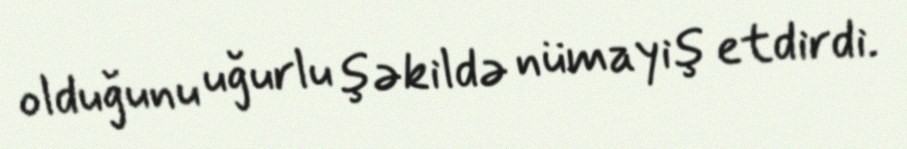
olduğunu uğurlu şəkildə nümayiş etdirdi.